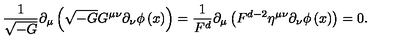
\frac 1 { \sqrt { - G } } \partial _ { \mu } \left( \sqrt { - G } G ^ { \mu \nu } \partial _ { \nu } \phi \left( x \right) \right) = \frac 1 { F ^ { d } } \partial _ { \mu } \left( F ^ { d - 2 } \eta ^ { \mu \nu } \partial _ { \nu } \phi \left( x \right) \right) = 0 .